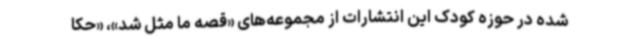
شده در حوزه کودک این انتشارات از مجموعه‌های «قصه ما مثل شد»، «حکا